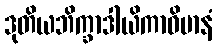
ဒုတိယဘိက္ခာဒါယိကာဝိမာနံ